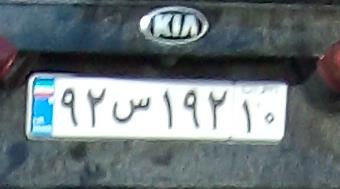
۹۲س۱۹۲۱۰